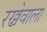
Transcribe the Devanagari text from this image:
रख्नेवाला